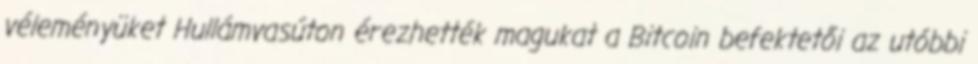
véleményüket Hullámvasúton érezhették magukat a Bitcoin befektetői az utóbbi